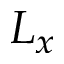
L _ { x }